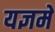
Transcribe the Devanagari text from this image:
यज्ञमे